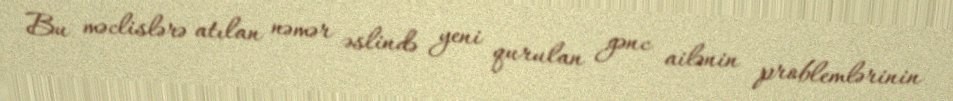
Bu məclislərə atılan nəmər əslində yeni qurulan gənc ailənin problemlərinin